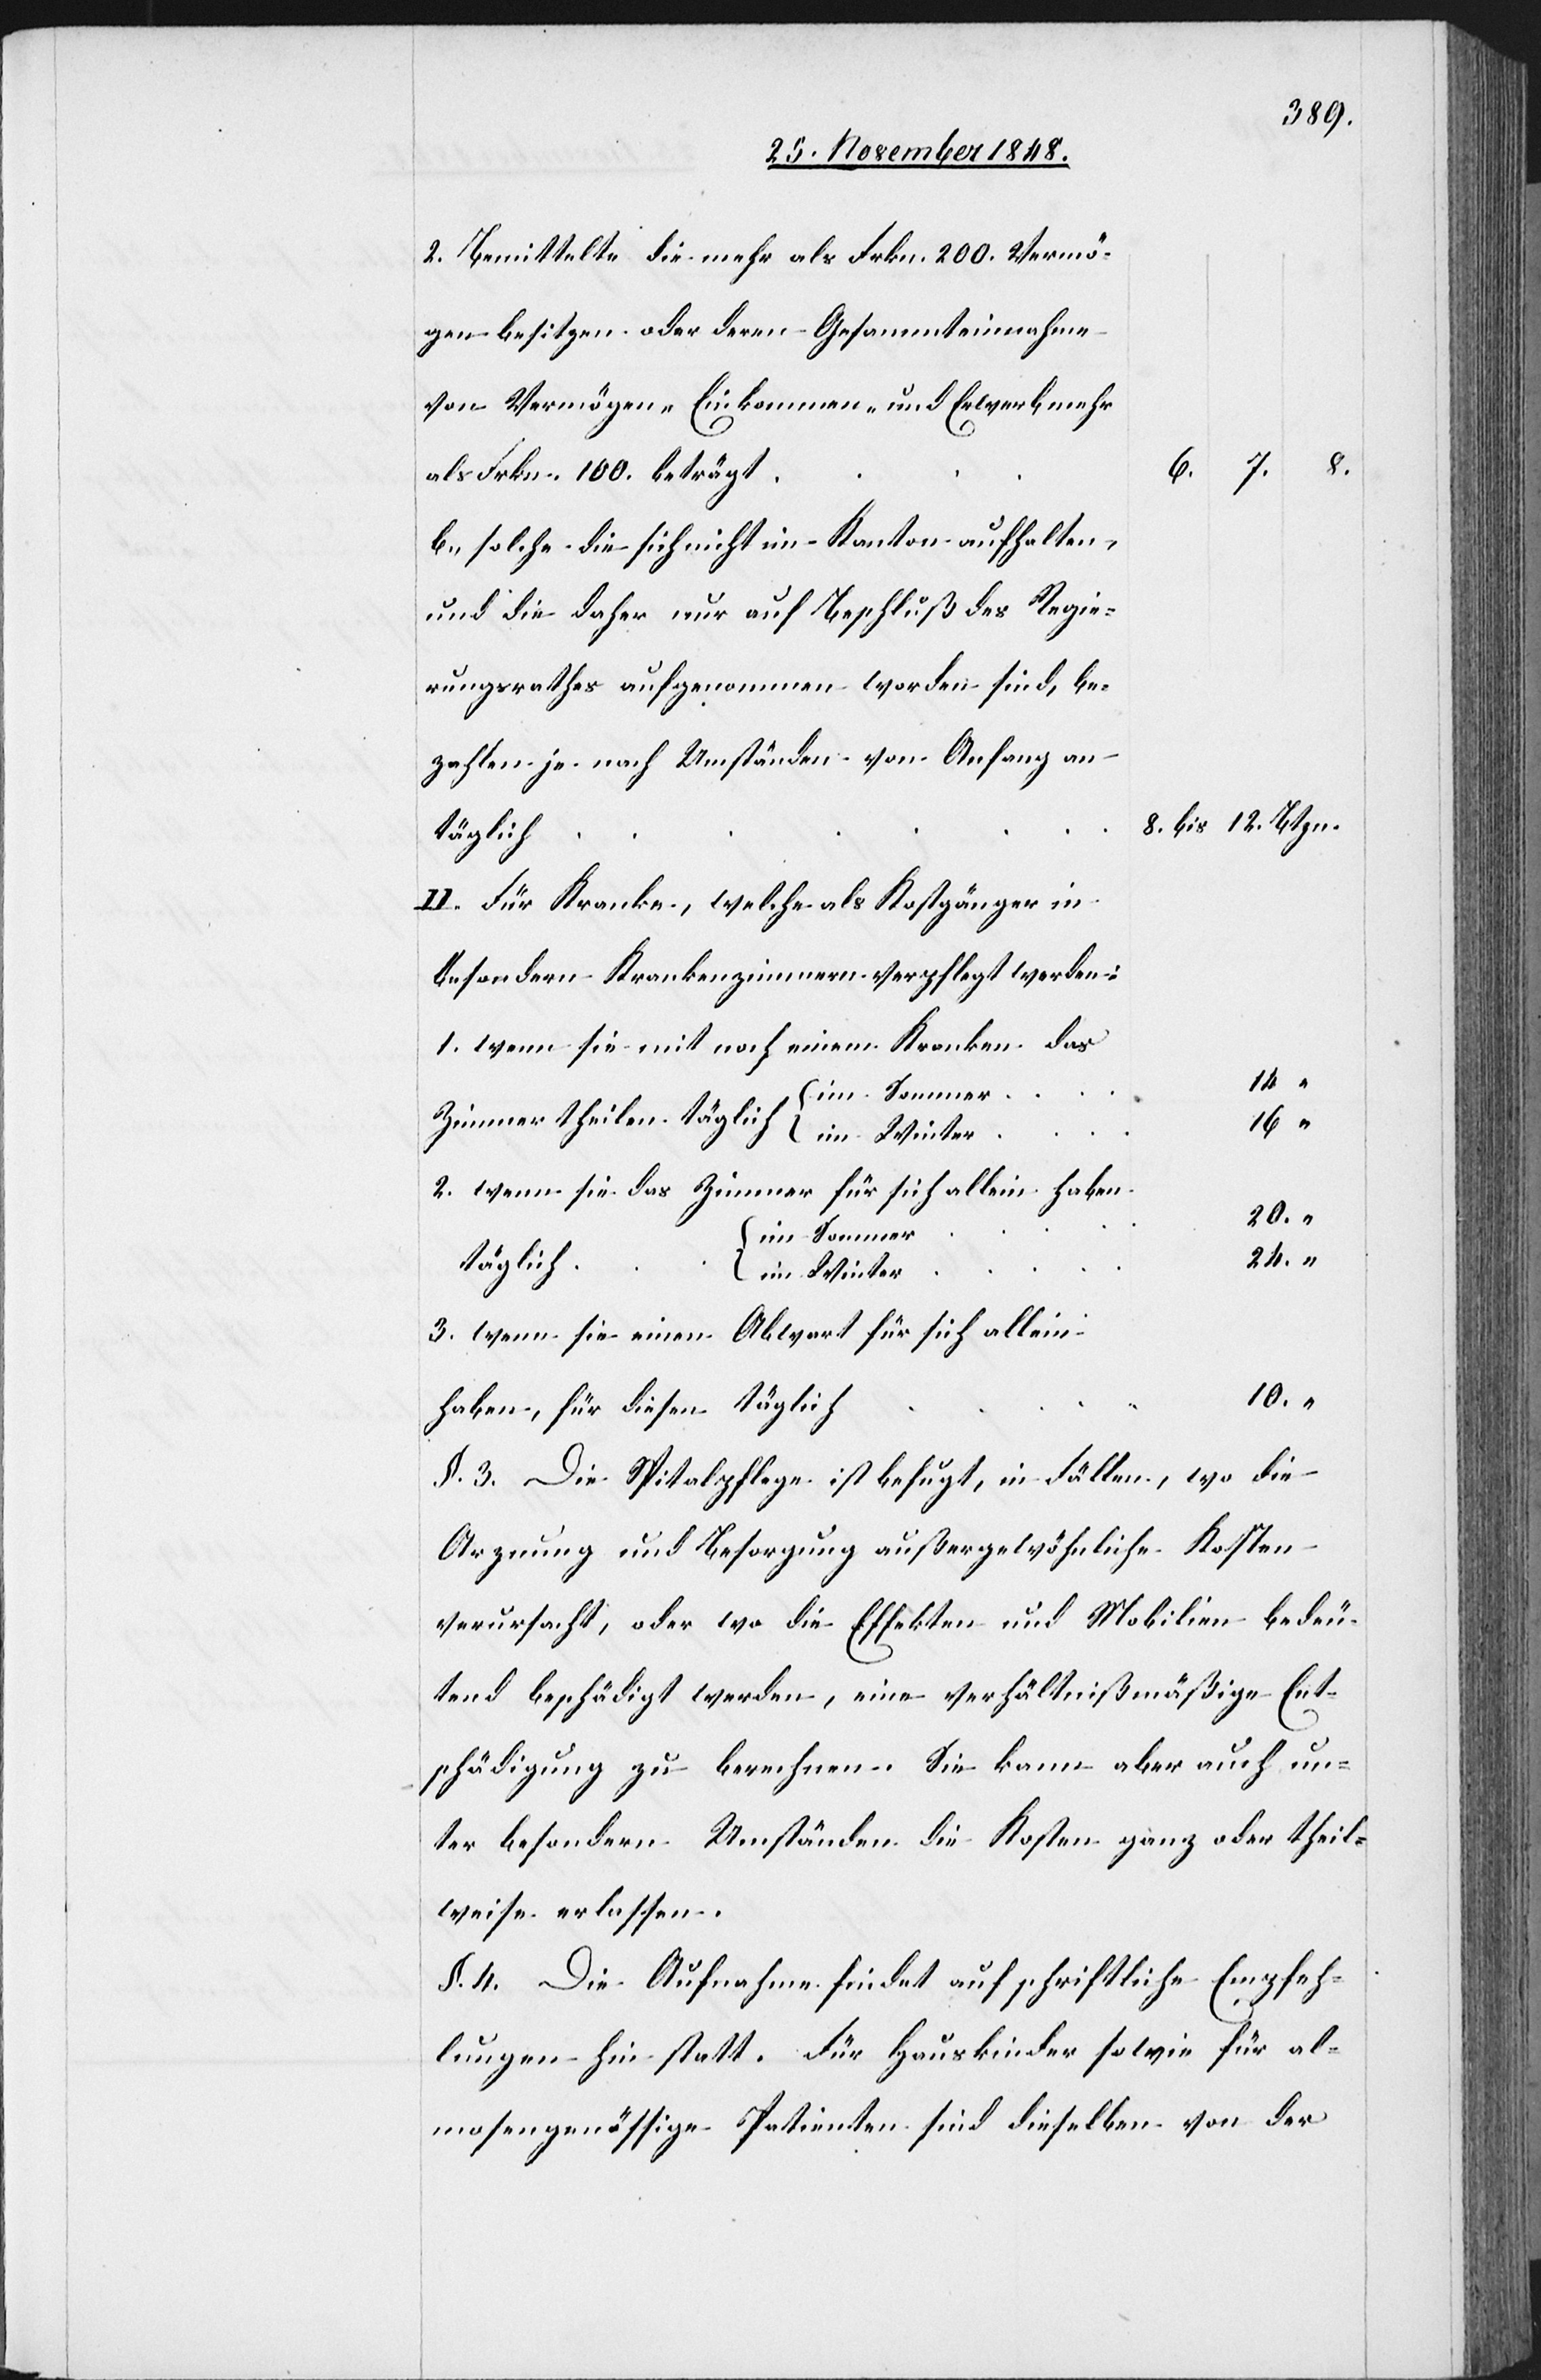
Bemittelte die mehr als Frkn. 200. Vermö¬
gen besitzen oder deren Gesammteinnahme
von Vermögen, Einkommen und Erwerb mehr
8.
b.
als Frkn. 100. beträgt
solche die sich nicht im Kanton aufhalten,
und die daher nur auf Beschluß des Regie¬
rungsrathes aufgenommen worden sind, be¬
zahlen je nach Umständen, von Anfang an
8. bis 12. Btzn.
Für Kranke, welche als Kostgänger in
besondern Krankenzimmern verpflegt worden:
1. wenn sie mit noch einem Kranken das
14 “
Zimmer theilen täglich
16 “
2. wenn sie das Zimmer für sich allein haben
20. “
im Sommer
24. “
täglich
im Winter
3. wenn sie einen Abwart für sich allein
10. “
haben, für diesen täglich
§. 3. Die Spitalpflege ist befugt, in Fällen, wo die
Arznung und Besorgung außergewöhnliche Kosten
verursacht, oder wo die Effekten und Mobilien bedeu¬
tend beschädigt werden, eine verhältnißmäßige Ent¬
schädigung zu berechnen. Sie kann aber auch un¬
ter besondern Umständen die Kosten ganz oder theil¬
weise erlassen.
§. 4. Die Aufnahme findet auf schriftliche Empfeh¬
lungen hin statt. Für Hauskinder sowie für al¬
mosengenössige Patienten sind dieselben von der

2.